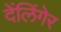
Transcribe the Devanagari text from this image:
देंलिंगेर